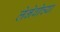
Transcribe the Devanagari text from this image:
लेनेवोच्या